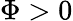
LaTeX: \Phi>0